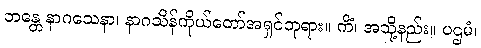
ဘန္တေ နာဂသေနာ၊ နာဂသိန်ကိုယ်တော်အရှင်ဘုရား။ ကိံ၊ အသို့နည်း။ ပဌမံ၊